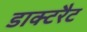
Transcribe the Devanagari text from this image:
डाक्टरैट